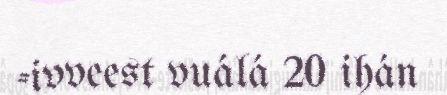
-ivveest vuálá 20 ihán